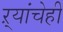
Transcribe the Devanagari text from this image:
ऱ्यांचेही